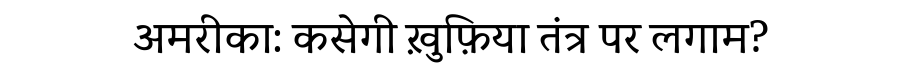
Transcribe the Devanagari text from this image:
अमरीका: कसेगी ख़ुफ़िया तंत्र पर लगाम?